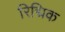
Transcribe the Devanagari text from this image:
रिद्मिक